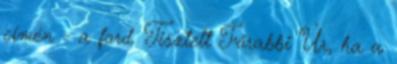
címén - a ford. Tisztelt Főrabbi Úr, ha a